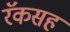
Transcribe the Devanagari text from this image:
रॅकसह